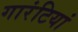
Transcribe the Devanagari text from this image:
गारंटियां